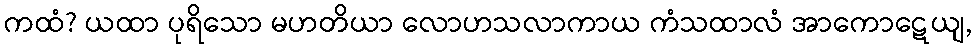
ကထံ? ယထာ ပုရိသော မဟတိယာ လောဟသလာကာယ ကံသထာလံ အာကောဋေယျ,